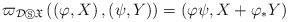
LaTeX: \begin{align*}\varpi _{\mathcal{D}\circledS \mathfrak{X}}\left( \left( \varphi,X\right) ,\left( \psi ,Y\right) \right) =\left( \varphi \psi,X+\varphi _{\ast }Y\right) \end{align*}